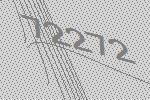
72272